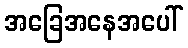
အခြေအနေအပေါ်